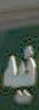
فيه